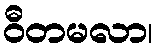
ဝီတမလာ၊